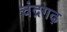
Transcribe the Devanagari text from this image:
चंद्रगढ़